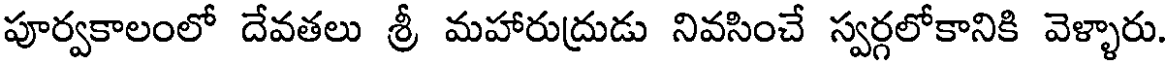
పూర్వకాలంలో దేవతలు శ్రీ మహారుద్రుడు నివసించే స్వర్గలోకానికి వెళ్ళారు.